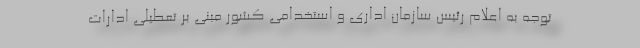
توجه به اعلام رئیس سازمان اداری و استخدامی کشور مبنی بر تعطیلی ادارات